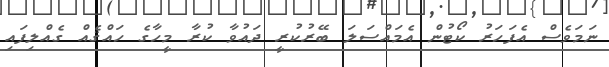
ނަމަވެސް އެފަހަރު ކޯޓުން އެމައްސަލަ ބޭރުކުރީ ދައުވާ ކުރާ މީހާގެ ހައްޤެއް ގެއްލިފައި